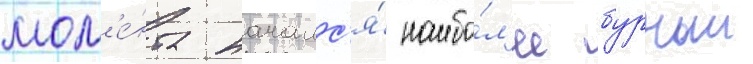
мом'е́нта началс'я́ наибо́л'ее бурныи